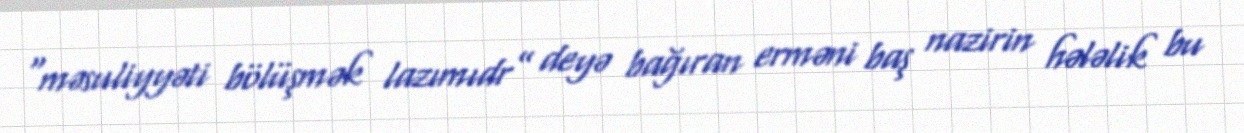
“məsuliyyəti bölüşmək lazımıdr” deyə bağıran erməni baş nazirin hələlik bu